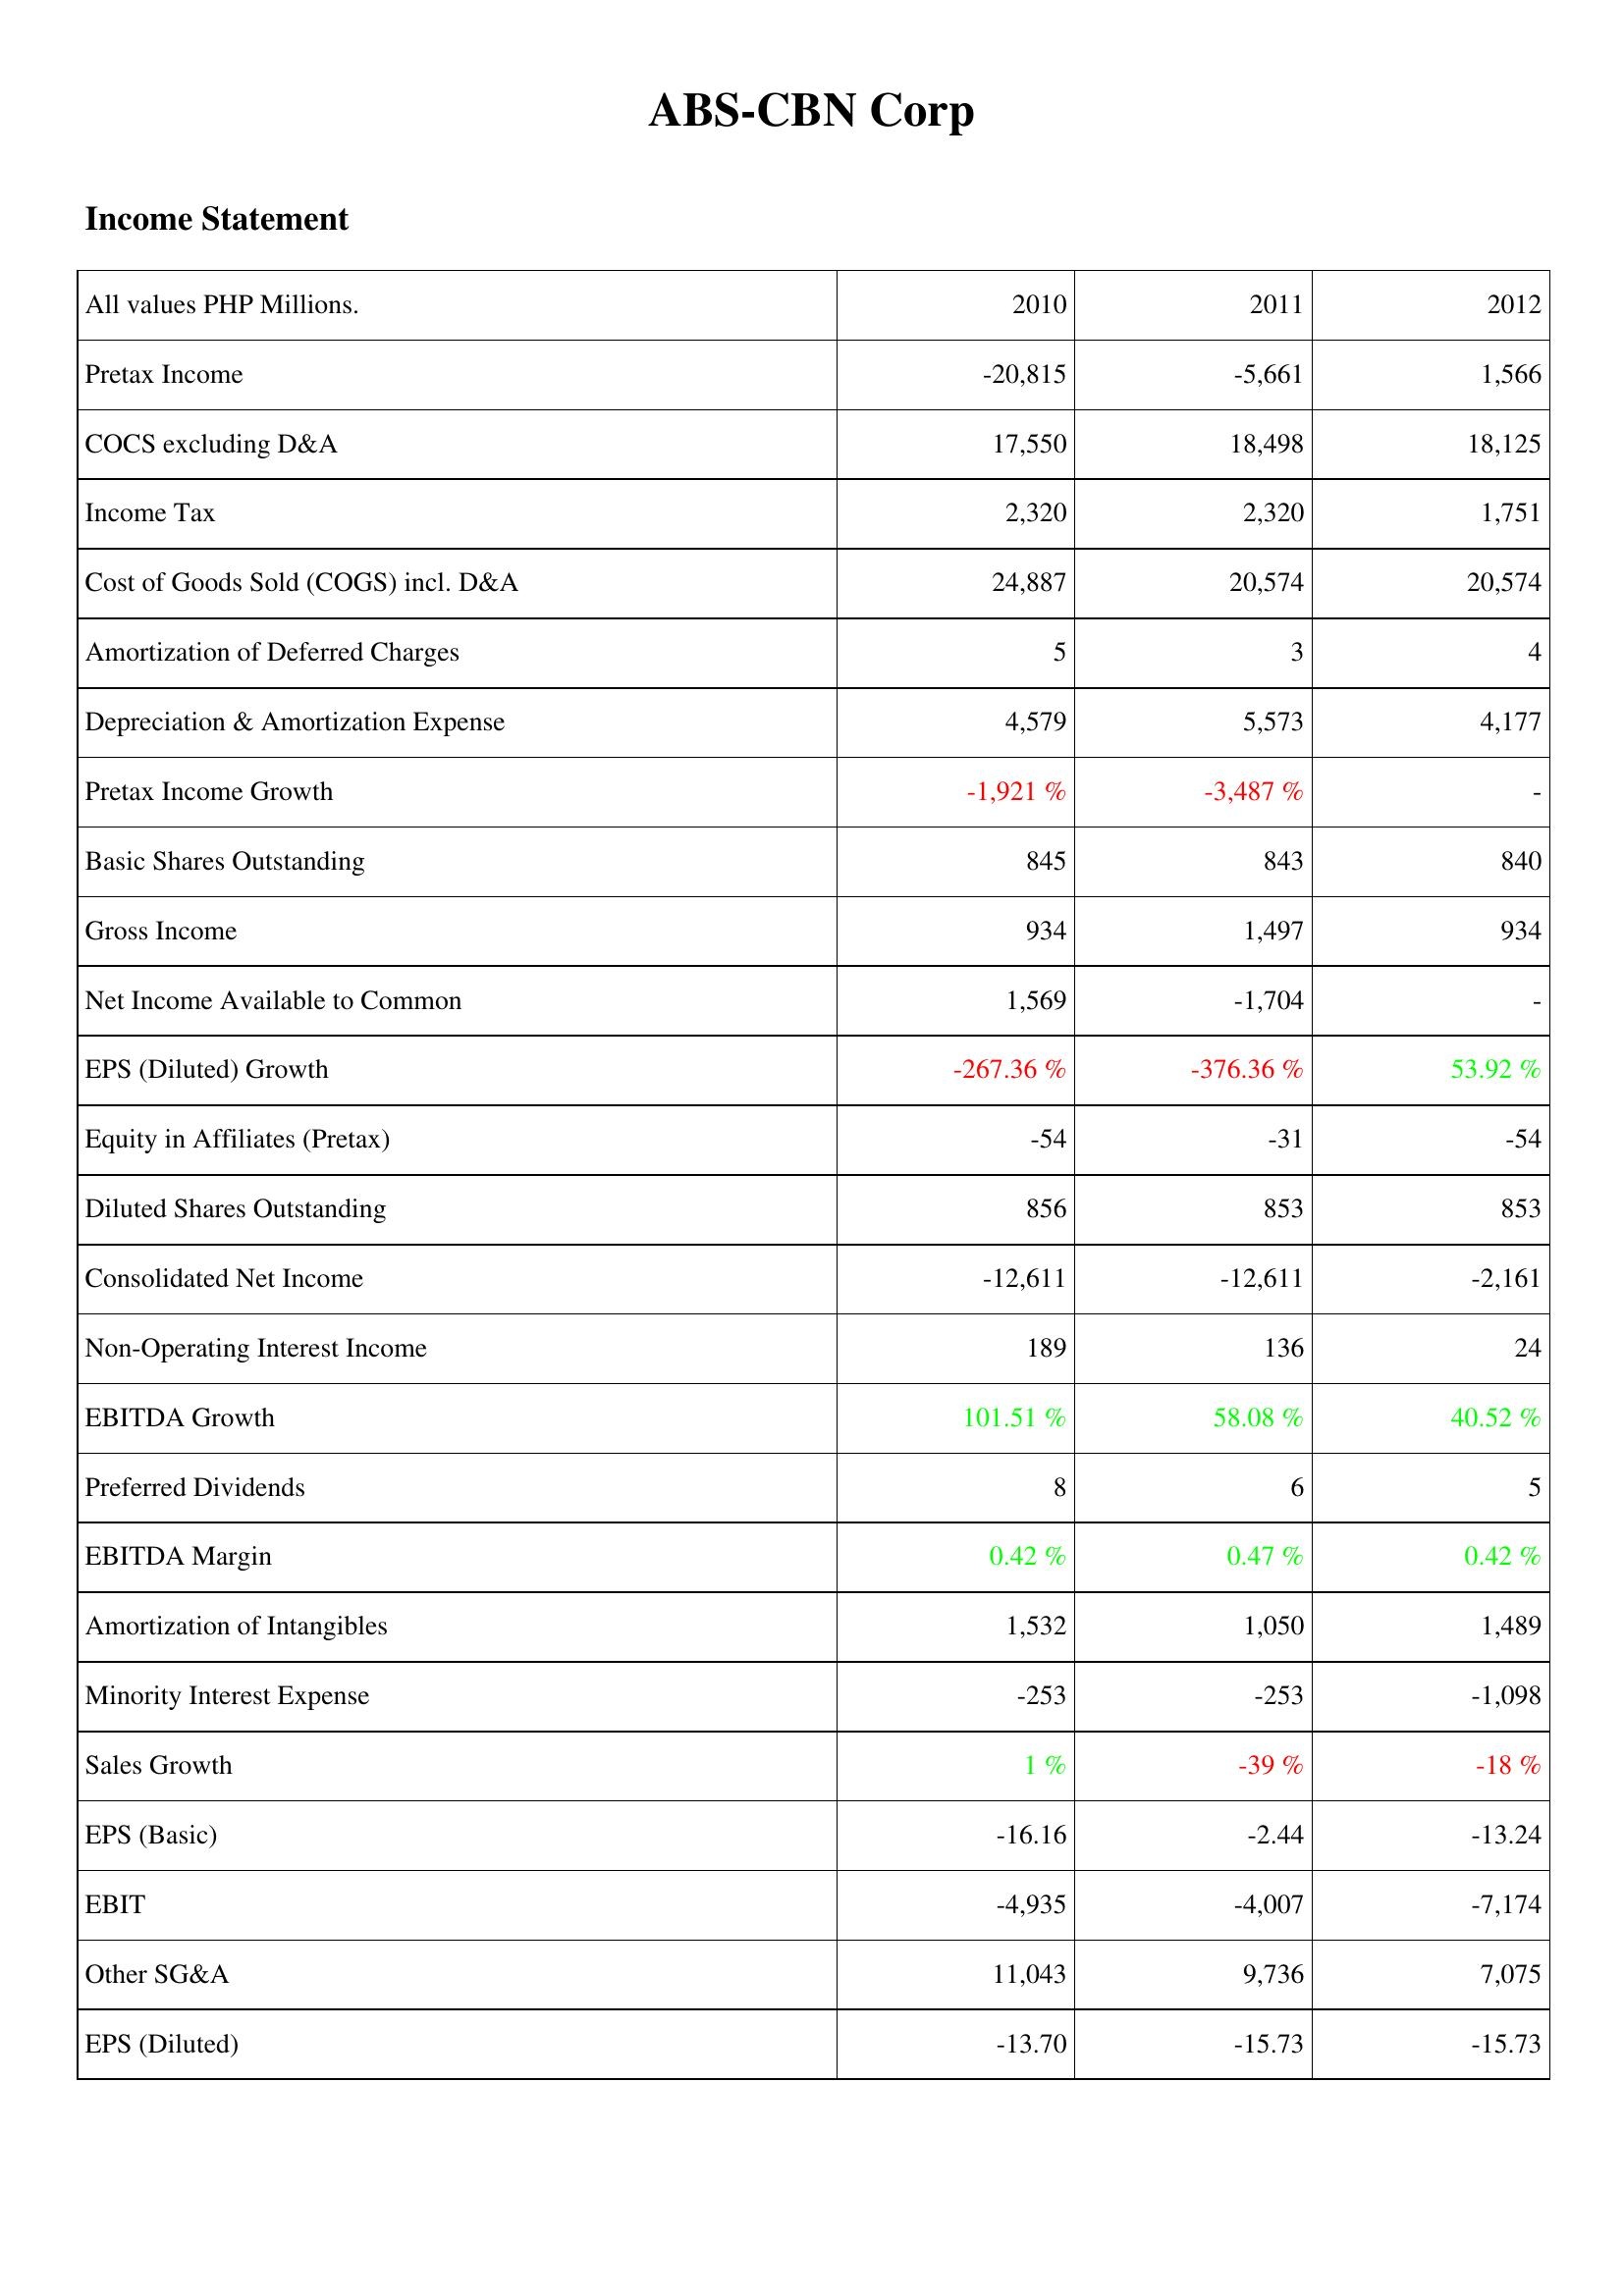
2010: Income Statement: Pretax Income: -20,815
COCS excluding D&A: 17,550
Income Tax: 2,320
Cost of Goods Sold (COGS) incl. D&A: 24,887
Amortization of Deferred Charges: 5
Depreciation & Amortization Expense: 4,579
Pretax Income Growth: -1,921 %
Basic Shares Outstanding: 845
Gross Income: 934
Net Income Available to Common: 1,569
EPS (Diluted) Growth: -267.36 %
Equity in Affiliates (Pretax): -54
Diluted Shares Outstanding: 856
Consolidated Net Income: -12,611
Non-Operating Interest Income: 189
EBITDA Growth: 101.51 %
Preferred Dividends: 8
EBITDA Margin: 0.42 %
Amortization of Intangibles: 1,532
Minority Interest Expense: -253
Sales Growth: 1 %
EPS (Basic): -16.16
EBIT: -4,935
Other SG&A: 11,043
EPS (Diluted): -13.70
2011: Income Statement: Pretax Income: -5,661
COCS excluding D&A: 18,498
Income Tax: 2,320
Cost of Goods Sold (COGS) incl. D&A: 20,574
Amortization of Deferred Charges: 3
Depreciation & Amortization Expense: 5,573
Pretax Income Growth: -3,487 %
Basic Shares Outstanding: 843
Gross Income: 1,497
Net Income Available to Common: -1,704
EPS (Diluted) Growth: -376.36 %
Equity in Affiliates (Pretax): -31
Diluted Shares Outstanding: 853
Consolidated Net Income: -12,611
Non-Operating Interest Income: 136
EBITDA Growth: 58.08 %
Preferred Dividends: 6
EBITDA Margin: 0.47 %
Amortization of Intangibles: 1,050
Minority Interest Expense: -253
Sales Growth: -39 %
EPS (Basic): -2.44
EBIT: -4,007
Other SG&A: 9,736
EPS (Diluted): -15.73
2012: Income Statement: Pretax Income: 1,566
COCS excluding D&A: 18,125
Income Tax: 1,751
Cost of Goods Sold (COGS) incl. D&A: 20,574
Amortization of Deferred Charges: 4
Depreciation & Amortization Expense: 4,177
Pretax Income Growth: -
Basic Shares Outstanding: 840
Gross Income: 934
Net Income Available to Common: -
EPS (Diluted) Growth: 53.92 %
Equity in Affiliates (Pretax): -54
Diluted Shares Outstanding: 853
Consolidated Net Income: -2,161
Non-Operating Interest Income: 24
EBITDA Growth: 40.52 %
Preferred Dividends: 5
EBITDA Margin: 0.42 %
Amortization of Intangibles: 1,489
Minority Interest Expense: -1,098
Sales Growth: -18 %
EPS (Basic): -13.24
EBIT: -7,174
Other SG&A: 7,075
EPS (Diluted): -15.73